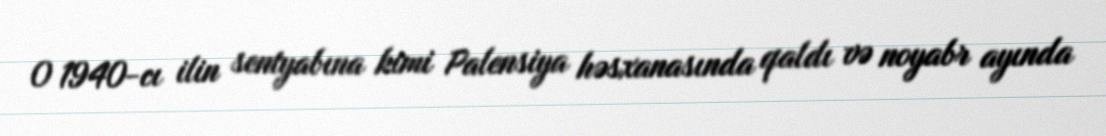
O 1940-cı ilin sentyabına kimi Palensiya həsxanasında qaldı və noyabr ayında